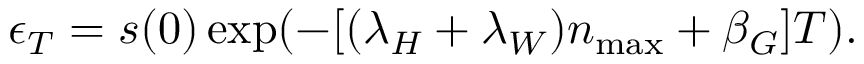
\epsilon _ { T } = s ( 0 ) \exp ( - [ ( \lambda _ { H } + \lambda _ { W } ) n _ { \operatorname* { m a x } } + \beta _ { G } ] T ) .